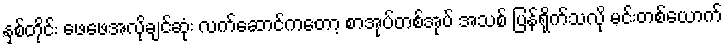
နှစ်တိုင်း ဖေဖေအလိုချင်ဆုံး လက်ဆောင်ကတော့ စာအုပ်တစ်အုပ် အသစ် ပြန်ရိုက်သလို မင်းတစ်ယောက်